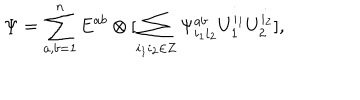
\Psi = \sum _ { a , b = 1 } ^ { n } E ^ { a b } \otimes [ \sum _ { i _ { 1 } i _ { 2 } \in { \bf Z } } \Psi _ { i _ { 1 } i _ { 2 } } ^ { a b } U _ { 1 } ^ { i _ { 1 } } U _ { 2 } ^ { i _ { 2 } } ] ,